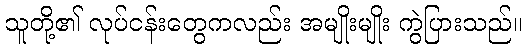
သူတို့၏ လုပ်ငန်းတွေကလည်း အမျိုးမျိုး ကွဲပြားသည်။